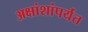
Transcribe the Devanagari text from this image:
अक्षांशांपर्यंत